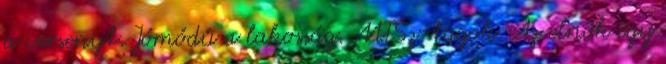
a versenyt. Jómódú a lakosság. MTSz-tagok. Az elnök egy